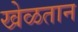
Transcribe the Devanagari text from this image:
खेळतान